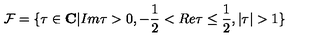
{ \cal F } = \{ \tau \in { \bf C } | I m \tau > 0 , - \frac { 1 } { 2 } < R e \tau \leq \frac { 1 } { 2 } , | \tau | > 1 \}